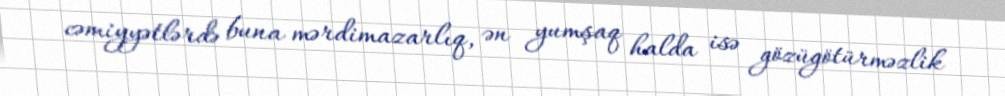
cəmiyyətlərdə buna mərdimazarlıq, ən yumşaq halda isə gözügötürməzlik